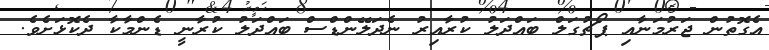
އެގޮތުން ޖަރުމަނާއި ޕޯޗުގަލް ބައްދަލު ކުރާއިރު ނެދަލޭންޑްސް ބައްދަލު ކުރާނީ ޑެންމާކާ ދެކޮޅަށެވެ.